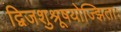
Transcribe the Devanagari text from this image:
द्विजशुश्रूषयोज्झिताः